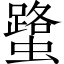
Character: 𧒍